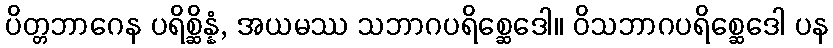
ပိတ္တဘာဂေန ပရိစ္ဆိန္နံ, အယမဿ သဘာဂပရိစ္ဆေဒေါ။ ဝိသဘာဂပရိစ္ဆေဒေါ ပန